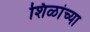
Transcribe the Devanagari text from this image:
शिळांच्या